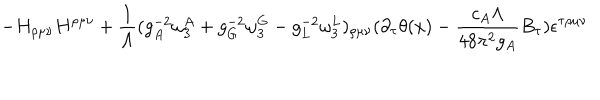
- H _ { \rho \mu \nu } H ^ { \rho \mu \nu } + { \frac { 1 } { \Lambda } } ( g _ { A } ^ { - 2 } \omega _ { 3 } ^ { A } + g _ { G } ^ { - 2 } \omega _ { 3 } ^ { G } - g _ { L } ^ { - 2 } \omega _ { 3 } ^ { L } ) _ { \rho \mu \nu } ( \partial _ { \tau } \theta ( x ) - { \frac { c _ { A } \Lambda } { 4 8 \pi ^ { 2 } g _ { A } } } B _ { \tau } ) \epsilon ^ { \tau \rho \mu \nu }